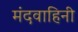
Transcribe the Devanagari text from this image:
मंदवाहिनी